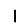
Digit: 1